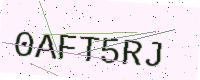
Text: 0AFT5RJ